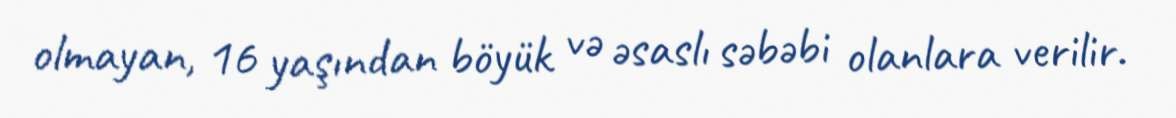
olmayan, 16 yaşından böyük və əsaslı səbəbi olanlara verilir.